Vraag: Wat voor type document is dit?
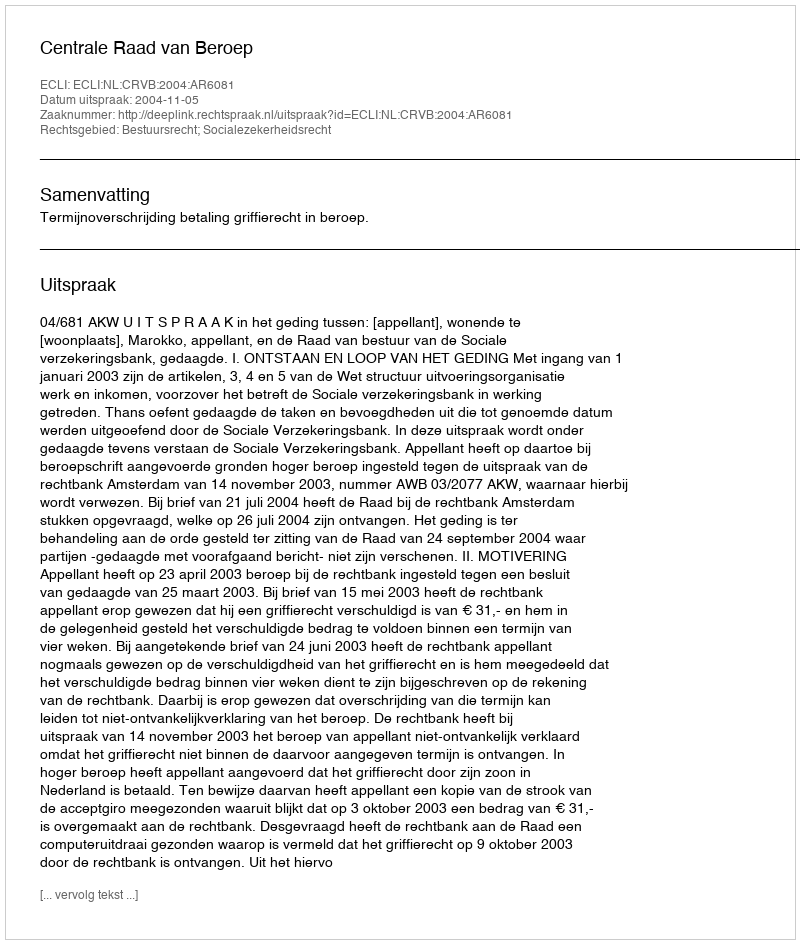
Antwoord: Uitspraak